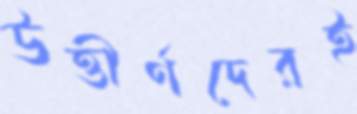
উত্তীর্ণদেরই